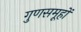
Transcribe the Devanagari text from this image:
गुणसमूहों